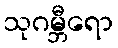
သုဂမ္ဘီရော